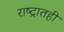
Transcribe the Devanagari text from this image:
राष्ट्रातही